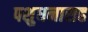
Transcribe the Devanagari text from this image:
पशुधनासह